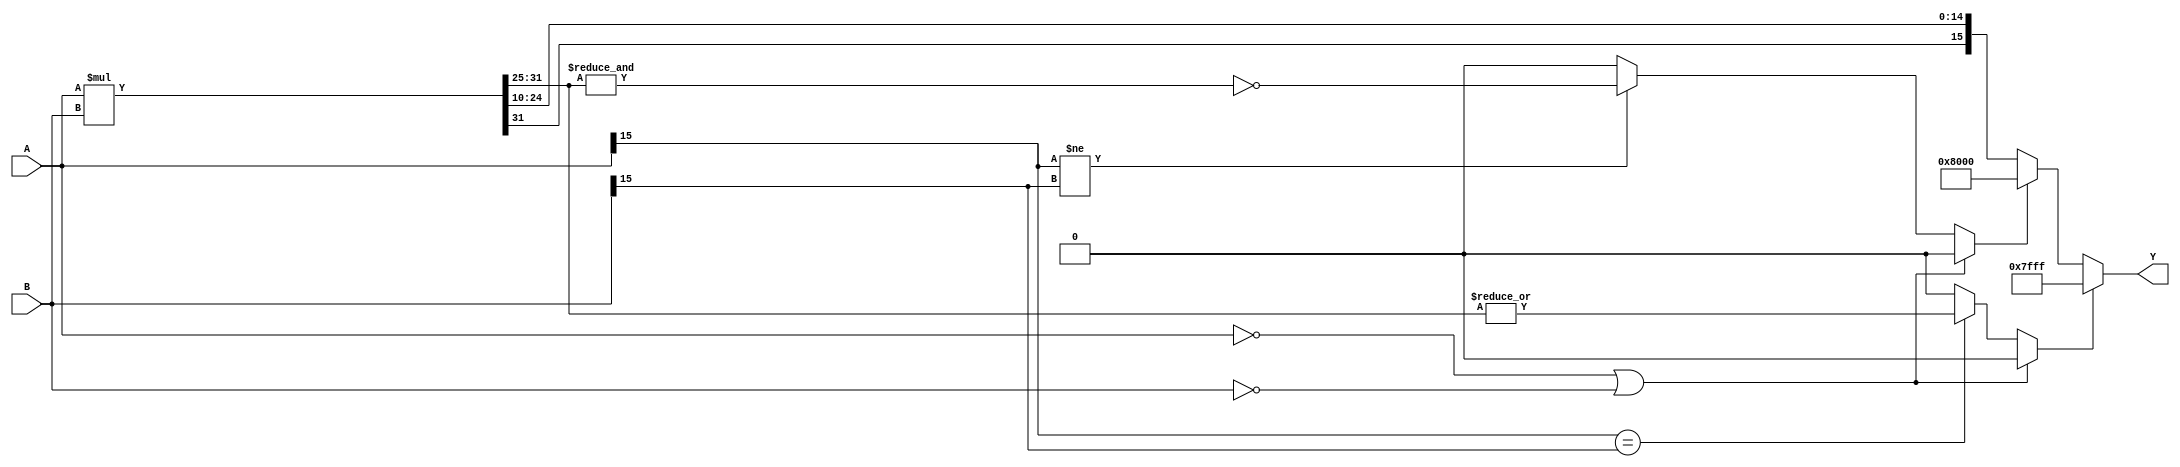
`timescale 1ns / 1ps
//////////////////////////////////////////////////////////////////////////////////
// Company: Tecnolgico de Costa Rica
//
// Design Name:
// Module Name: Mult
// Project Name:
// Target Devices:
// Tool versions:
// Description:
//
// Dependencies:
//
// Revision:
// Revision 0.01 - File Created
// Additional Comments:
//
//////////////////////////////////////////////////////////////////////////////////
module Mult#(
	parameter f = 10, // Parte decimal
	parameter p = 5, //Parte entera
	parameter Width = f+p+1//El ancho de bits
)
( 
	//Operandos
	input wire signed [Width-1:0] A,
	input wire signed [Width-1:0] B,
	//Resultado
	output reg signed [Width-1:0] Y
);
	//Multiplicacin binaria 
	wire signed [2*Width-1:0] mult;
	assign mult = A*B;
	//Condicin de overflow
	wire overflow, underflow;
	assign overflow = 	(A=={Width{1'b0}} | B=={Width{1'b0}})? 1'b0: //Caso con cero
				(A[Width-1]==B[Width-1]) ? (|mult[2*Width-1:(2*f)+p]) //Signo positivo
				: 1'b0 ;				//Overflow si no hay extensin de signo en el 2do bloque de magnitud
	assign underflow = 	(A=={Width{1'b0}} | B=={Width{1'b0}})? 1'b0 : //Caso con cero
				(A[Width-1]!=B[Width-1]) ? ~(&mult[2*Width-1:2*f+p]) : //Signo negativo
				1'b0 ;					//Underflow si no hay extensin de signo en el 2do bloque de magnitud

	always@*
		Y = 	overflow 	? {1'b0,{(Width-1){1'b1}}} : //Si hay overflow se satura el resultado en 0111...
			underflow 	? {1'b1,{(Width-1){1'b0}}} : //Si hay underflow se satura el resultado en 1000...
			{mult[2*Width-1],mult[2*Width-3-p:f]};	   //en caso contrario se deja el mismo resultado de la multiplicacin binaria

endmodule